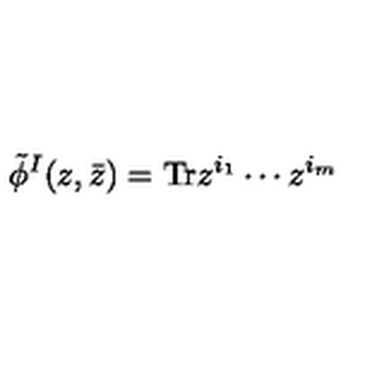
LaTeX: \tilde { \phi } ^ { I } ( z , \bar { z } ) = \mathrm { T r } z ^ { i _ { 1 } } \cdots z ^ { i _ { m } }